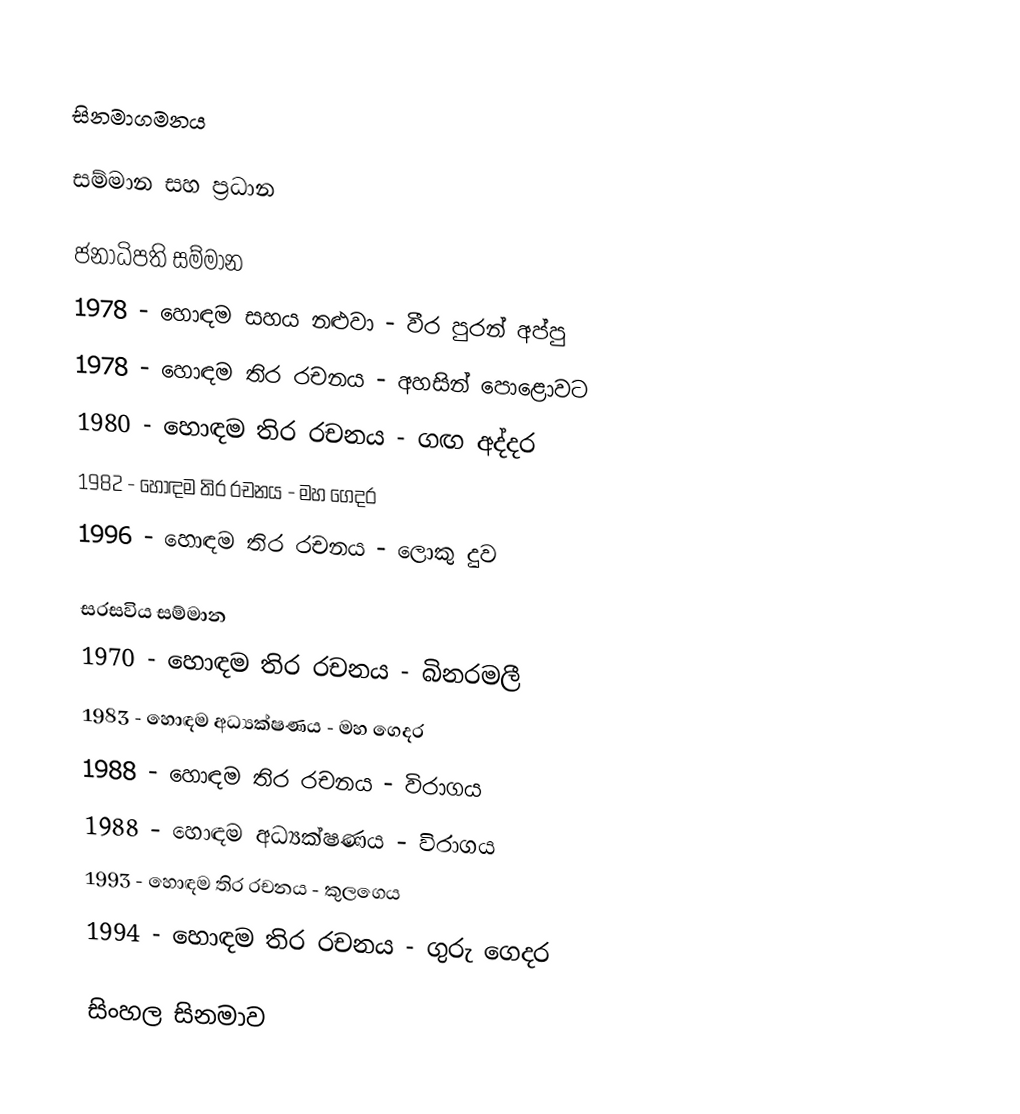

සිනමාගමනය

සම්මාන සහ ප්‍රධාන

ජනාධිපති සම්මාන
1978 - හොඳම සහය නළුවා - වීර පුරන් අප්පු
1978 - හොඳම තිර රචනය - අහසින් පොළොවට
1980 - හොඳම තිර රචනය - ගඟ අද්දර
1982 - හොඳම තිර රචනය - මහ ගෙදර
1996 - හොඳම තිර රචනය - ලොකු දුව

සරසවිය සම්මාන
1970 - හොඳම තිර රචනය - බිනරමලී
1983 - හොඳම අධ්‍යක්ෂණය - මහ ගෙදර
1988 - හොඳම තිර රචනය - විරාගය
1988 - හොඳම අධ්‍යක්ෂණය - විරාගය
1993 - හොඳම තිර රචනය - කුලගෙය
1994 - හොඳම තිර රචනය - ගුරු ගෙදර

සිංහල සිනමාව